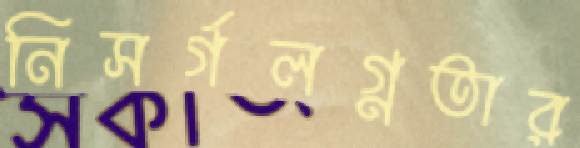
নিসর্গলগ্নতার